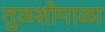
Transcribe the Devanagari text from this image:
तुळशीमाळा